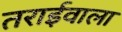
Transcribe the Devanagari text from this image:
तराईवाला